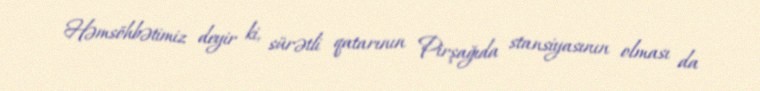
Həmsöhbətimiz deyir ki, sürətli qatarının Pirşağıda stansiyasının olması da